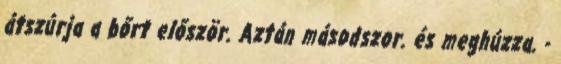
átszúrja a bőrt először. Aztán másodszor. és meghúzza. -